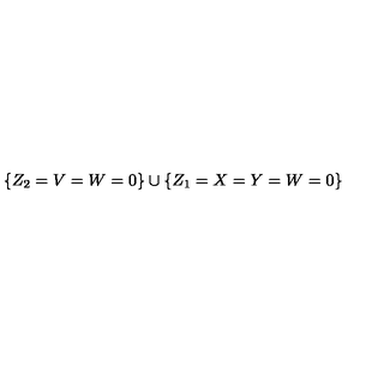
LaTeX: \{ Z _ { 2 } = V = W = 0 \} \cup \{ Z _ { 1 } = X = Y = W = 0 \}